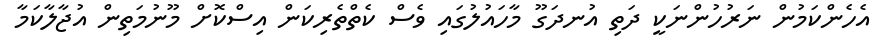
އެހެންކަމުން ނަރުހުންނަކީ ދަތި އުނދަގޫ މާހައުލުގައި ވެސް ކެތްތެރިކަން އިސްކޮށް މޫނުމަތިން އުޖާލާކަމާ